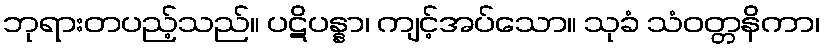
ဘုရားတပည့်သည်။ ပဋိပန္နာ၊ ကျင့်အပ်သော။ သုခံ သံဝတ္တနိကာ၊